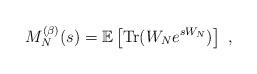
LaTeX: \begin{align*}M_N^{(\beta)}(s) = \mathbb{E}\left[\mathrm{Tr}(W_Ne^{sW_N})\right]\ , \end{align*}